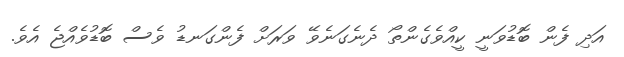
އަދި ފެން ބޮޑުވަނީ ކީއްވެގެންތޯ ދެނެގަނެވޭ ވަރަށް ފެންގަނޑު ވެސް ބޮޑުވެއްޖެ އެވެ.